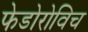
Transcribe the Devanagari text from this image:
फेडोरोविच